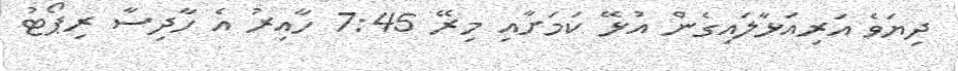
ދިޔަވެ އަރިއަޅާލައިގެން އުޅޭ ކަމަށާއި މިރޭ 7:45 ހާއިރު އެ ހާދިސާ ރިޕޯޓު